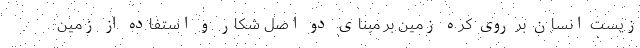
زیست انسان بر روی کره زمین بر مبنای دو اصل شکار و استفاده از زمین